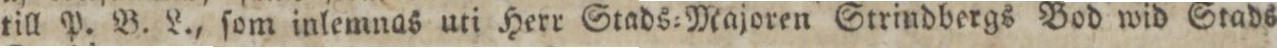
till P. B. L., ſom inlemnas uti Herr Stads=Majoren Strindbergs Bod wid Stads